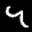
Label: 4